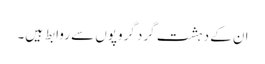
ان کے دہشت گرد گروپوں سے روابط ہیں۔